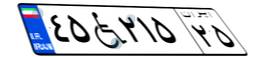
۴۵W۲۱۵۲۵